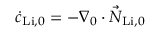
\dot { c } _ { \mathrm { L i } , 0 } = - \nabla _ { 0 } \cdot \vec { N } _ { \mathrm { L i } , 0 }